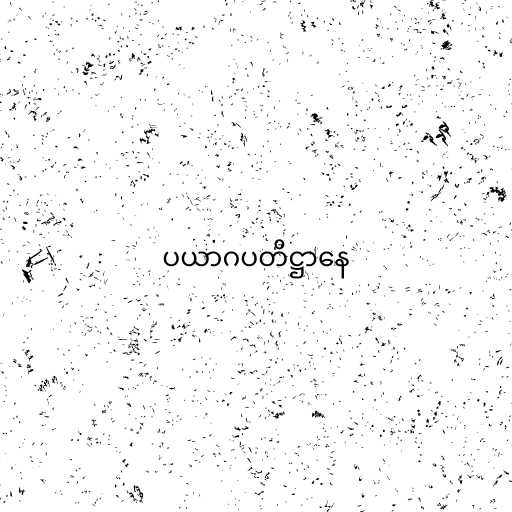
ပယာဂပတိဋ္ဌာနေ